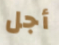
أجل